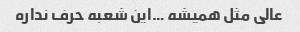
عالی مثل همیشه …این شعبه حرف نداره